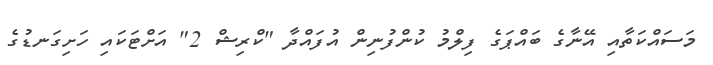
މަސައްކަތާއި އޭނާގެ ބައްޕަގެ ފިލްމު ކުންފުނިން އުފައްދާ "ކްރިޝް 2" އަށްޓަކައި ހަށިގަނޑުގެ